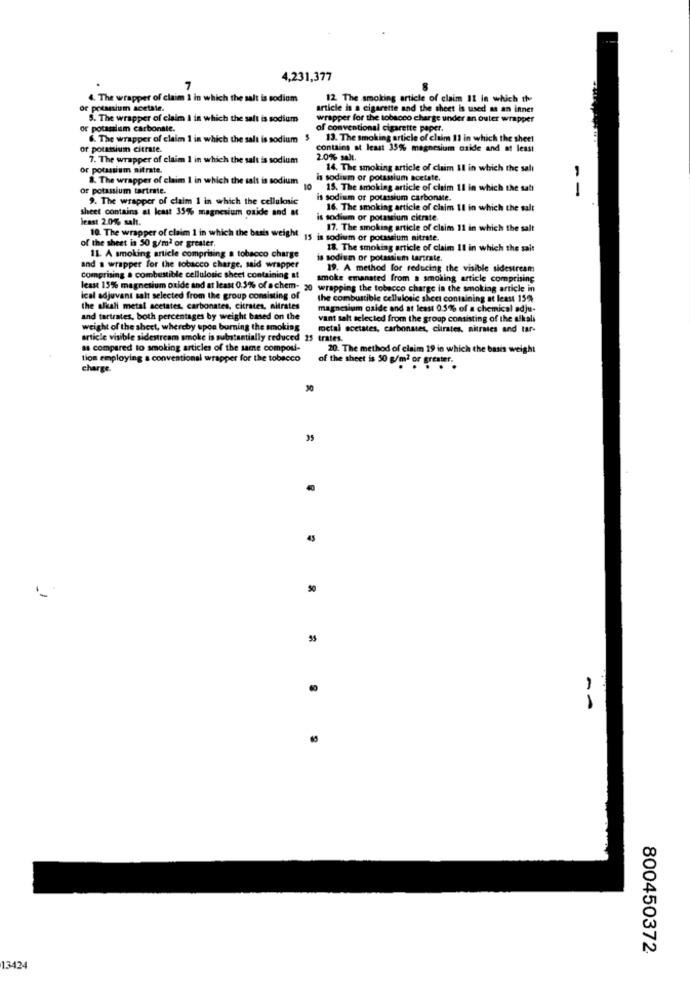
4,231,377
7
4. The wrapper of claim I in which the salt is sodium
12 The smoking article of claim 11 in which the
or potanium aceta
article is a cigarette and the sheet is used as an inner
5. The wrapper of claim I in which the salt is sodium
wrapper for the tobacco charge under an outer wrapper
or potassium carbonate.
of conventional cigarette paper.
6. The wrapper of claim 1 in which the salt is sodium
13. The smoking article of claim 11 in which the sheet
or potassium citrate.
contains at least 35%% magnesium oxide and at least
7. The wrapper of claim 1 in which the salt is sodium
2.0% salt.
or potassium nitrate.
14. The smoking article of claim II in which the salı
8. The wrapper of claim 1 in which the salt is sodium
h sodium or potassium acetate.
or potassium tartrate.
10 15. The smoking article of claim 11 in which the satt
--
9. The wrapper of claim 1 in which the cellulenic
is sodism or potassium carbonate.
sheet contains at least 35% magnesium oxide and &
16. The smoking article of claim 11 in which the salt
least 2.0% salt.
is sodium or potassium citrate.
10. The wrapper of claim 1 in which the basis weight
17. The smoking article of claim 11 in which the salt
of the sheet is 50 g/m2 or greater.
15 is sodium or potassium nitrate.
18. The smoking article of claim 11 in which the sait
11. A smoking article comprising a tobacco charge
is sodium or potassium tartrate.
and a wrapper for the tobacco charge. said wrapper
19. A method for reducing the visible sidestream
Comprising a combustible cellulosic sheet containing at
smoke emanated from a smoking article comprising
least 15% magnesium oxide and at least 0.3% of o chem- 20 wrapping the tobacco charge in the smoking article in
ical adjuvant salt selected from the group consisting of
the combustible cellulosic sheet containing at least 15%
the alkali metal acetates, carbonates, citrates, nitrates
magnesium oxide and at least 0.5% of a chemical adju-
and tartrates, both percentages by weight based on the
vant salt selected from the group consisting of the alkali
weight of the sheet, whereby upon burning the smoking
metal acetates, carbonates, ciirates, nitrates and tar-
article visible sidestream smoke is substantially reduced
trates.
as compared to smoking articles of the same compou-
20. The method of claim 19 in which the basis weight
tion employing a conventional wrapper for the tobacco
of the sheet is 50 g/m2 or greater.
charge.
30
35
1
--
800450372
13424